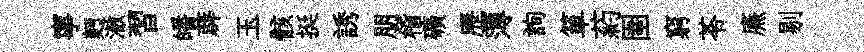
寧麪澈習皤薜玉骸挺誘朋稽礦歷薄詢箪葯圉窮苓㢘剔